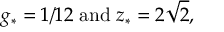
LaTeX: g _ { * } = 1 / 1 2 \; \mathrm { a n d } \; z _ { * } = 2 \sqrt { 2 } ,